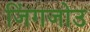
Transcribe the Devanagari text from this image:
जिंगजोउ